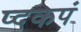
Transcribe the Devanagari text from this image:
प्दकपं